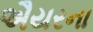
ઐયરના